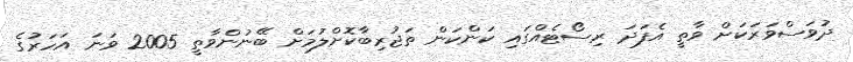
ދުވަސްވަރަކަށް ވާތީ އެފަދަ ރިސޯޓެއްގައި ކަންކަން ތަޖުރިބާކޮށްލުމަށް ބޭނުންވާތީ 2005 ވަަނަ އަހަރުގެ